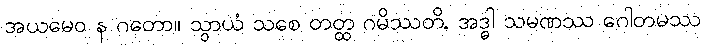
အယမေဝ န ဂတော။ သွာယံ သစေ တတ္ထ ဂမိဿတိ, အဒ္ဓါ သမဏဿ ဂေါတမဿ